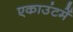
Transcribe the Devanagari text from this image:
एकाउंटमें